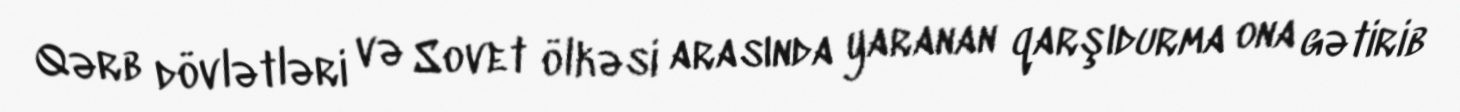
Qərb dövlətləri və Sovet ölkəsi arasında yaranan qarşıdurma ona gətirib